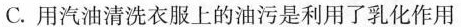
C.用汽油清洗衣服上的油污是利用了乳化作用